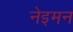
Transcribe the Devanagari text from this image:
नेइमन